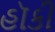
હૉકી